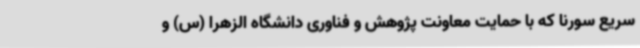
سریع سورنا که با حمایت معاونت پژوهش و فناوری دانشگاه الزهرا (س) و